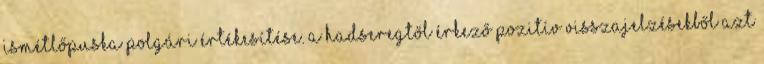
ismétlőpuska polgári értékesítése. A hadseregtől érkező pozitív visszajelzésekből azt